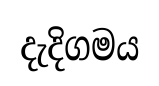
දැදිගමය